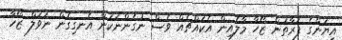
އިޔަންގެ ފަރާތުން ޒޯހާ މާލެއިން އެކައްޗެއް ވެސް ނުގެންނަކަން އެނގިގެން ނަވަލް ޒޯހާ